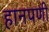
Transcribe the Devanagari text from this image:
हानपणी